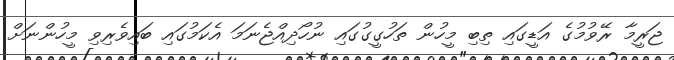
ޖަރީމާ ރޭވުމުގެ އަޑީގައި ތިބި މީހުން ތަހުގީގުގައި ނުހޯދިއްޖެނަމަ އެކަމުގައި ބައިވެރިވި މީހުންނަށް